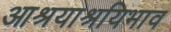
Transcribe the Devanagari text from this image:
आश्रयाश्रयिभाव